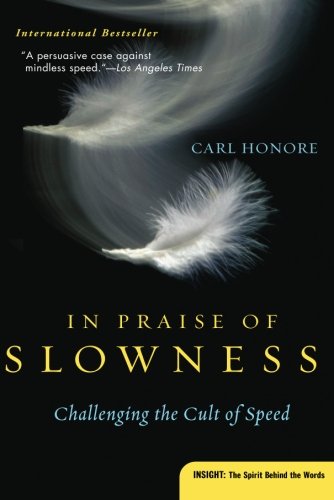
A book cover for In Praise of Slowness: Challenging the Cult of Speed (Plus); Carl Honore; Self-Help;